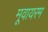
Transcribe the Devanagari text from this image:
मूवायरम